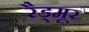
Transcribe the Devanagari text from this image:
रैड्मूर